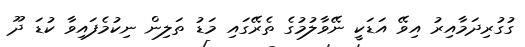
ގުގުރިދަމާއިރު އިވޭ އަޑަކީ ނޭވާލުމުގެ ތެރޭގައި މަޑު ތަލިން ނިކުމެފައިވާ ކުޑަ ދޫ